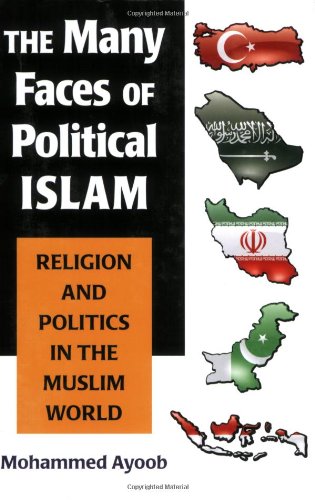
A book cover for The Many Faces of Political Islam: Religion and Politics in the Muslim World; Mohammed Ayoob; Religion & Spirituality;